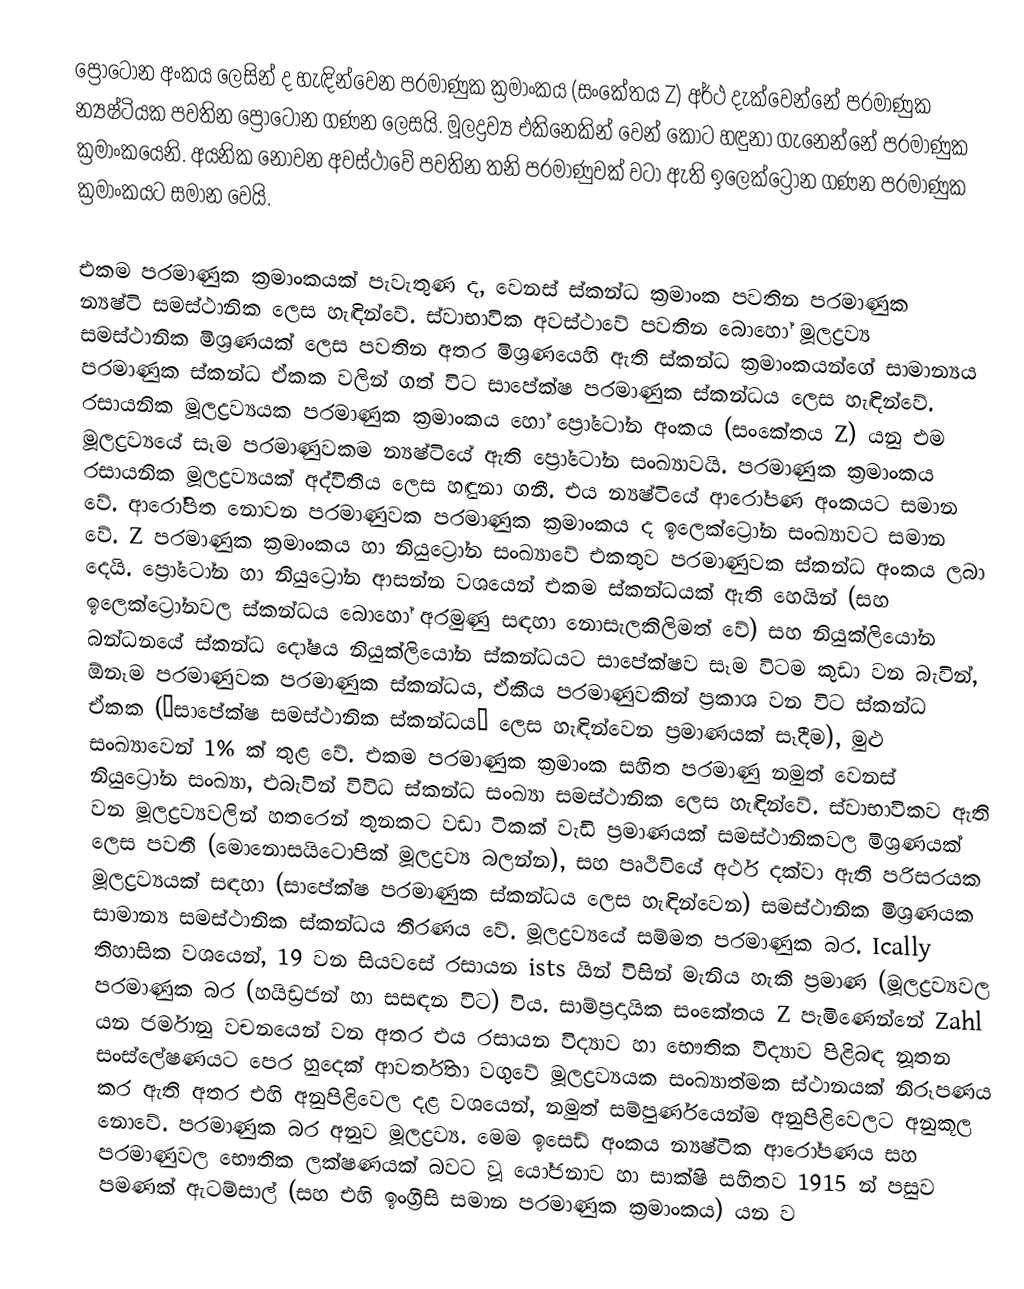
ප්‍රෝටෝන අංකය ලෙසින් ද හැඳින්වෙන පරමාණුක ක්‍රමාංකය (සංකේතය Z) අර්ථ දැක්වෙන්නේ පරමාණුක න්‍යෂ්ටියක පවතින ප්‍රෝටෝන ගණන ලෙසයි‍. මූලද්‍රව්‍ය එකිනෙකින් වෙන් කොට හඳුනා ගැනෙන්නේ පරමාණුක ක්‍රමාංකයෙනි. අයනික නොවන අවස්ථාවේ පවතින තනි පරමාණුවක් වටා ඇති ඉලෙක්ට්‍රෝන ගණන පරමාණුක ක්‍රමාංකයට සමාන වෙයි.

එකම පරමාණුක ක්‍රමාංකයක් පැවැතුණ ද, වෙනස් ස්කන්ධ ක්‍රමාංක පවතින පරමාණුක න්‍යෂ්ටි සමස්ථානික ලෙස හැඳින්වේ. ස්වාභාවික අවස්ථාවේ පවතින බොහෝ මූලද්‍රව්‍ය සමස්ථානික මිශ්‍රණයක් ලෙස පවතින අතර මිශ්‍රණයෙහි ඇති ස්කන්ධ ක්‍රමාංකයන්ගේ සාමාන්‍යය පරමාණුක ස්කන්ධ ඒකක වලින් ගත් විට සාපේක්ෂ පරමාණුක ස්කන්ධය ලෙස හැඳින්වේ. රසායනික මූලද්‍රව්‍යයක පරමාණුක ක්‍රමාංකය හෝ ප්‍රෝටෝන අංකය (සංකේතය Z) යනු එම මූලද්‍රව්‍යයේ සෑම පරමාණුවකම න්‍යෂ්ටියේ ඇති ප්‍රෝටෝන සංඛ්‍යාවයි. පරමාණුක ක්‍රමාංකය රසායනික මූලද්‍රව්‍යයක් අද්විතීය ලෙස හඳුනා ගනී. එය න්‍යෂ්ටියේ ආරෝපණ අංකයට සමාන වේ. ආරෝපිත නොවන පරමාණුවක පරමාණුක ක්‍රමාංකය ද ඉලෙක්ට්‍රෝන සංඛ්‍යාවට සමාන වේ. Z පරමාණුක ක්‍රමාංකය හා නියුට්‍රෝන සංඛ්‍යාවේ එකතුව පරමාණුවක ස්කන්ධ අංකය ලබා දෙයි. ප්‍රෝටෝන හා නියුට්‍රෝන ආසන්න වශයෙන් එකම ස්කන්ධයක් ඇති හෙයින් (සහ ඉලෙක්ට්‍රෝනවල ස්කන්ධය බොහෝ අරමුණු සඳහා නොසැලකිලිමත් වේ) සහ නියුක්ලියෝන බන්ධනයේ ස්කන්ධ දෝෂය නියුක්ලියෝන ස්කන්ධයට සාපේක්ෂව සෑම විටම කුඩා වන බැවින්, ඕනෑම පරමාණුවක පරමාණුක ස්කන්ධය, ඒකීය පරමාණුවකින් ප්‍රකාශ වන විට ස්කන්ධ ඒකක (“සාපේක්ෂ සමස්ථානික ස්කන්ධය” ලෙස හැඳින්වෙන ප්‍රමාණයක් සෑදීම), මුළු සංඛ්‍යාවෙන් 1% ක් තුළ වේ. එකම පරමාණුක ක්‍රමාංක සහිත පරමාණු නමුත් වෙනස් නියුට්‍රෝන සංඛ්‍යා, එබැවින් විවිධ ස්කන්ධ සංඛ්‍යා සමස්ථානික ලෙස හැඳින්වේ. ස්වාභාවිකව ඇති වන මූලද්‍රව්‍යවලින් හතරෙන් තුනකට වඩා ටිකක් වැඩි ප්‍රමාණයක් සමස්ථානිකවල මිශ්‍රණයක් ලෙස පවතී (මොනොසයිටොපික් මූලද්‍රව්‍ය බලන්න), සහ පෘථිවියේ අර්ථ දක්වා ඇති පරිසරයක මූලද්‍රව්‍යයක් සඳහා (සාපේක්ෂ පරමාණුක ස්කන්ධය ලෙස හැඳින්වෙන) සමස්ථානික මිශ්‍රණයක සාමාන්‍ය සමස්ථානික ස්කන්ධය තීරණය වේ. මූලද්‍රව්‍යයේ සම්මත පරමාණුක බර. Ically තිහාසික වශයෙන්, 19 වන සියවසේ රසායන ists යින් විසින් මැනිය හැකි ප්‍රමාණ (මූලද්‍රව්‍යවල පරමාණුක බර (හයිඩ්‍රජන් හා සසඳන විට) විය. සාම්ප්‍රදායික සංකේතය Z පැමිණෙන්නේ Zahl යන ජර්මානු වචනයෙන් වන අතර එය රසායන විද්‍යාව හා භෞතික විද්‍යාව පිළිබඳ නූතන සංස්ලේෂණයට පෙර හුදෙක් ආවර්තිතා වගුවේ මූලද්‍රව්‍යයක සංඛ්‍යාත්මක ස්ථානයක් නිරූපණය කර ඇති අතර එහි අනුපිළිවෙල දළ වශයෙන්, නමුත් සම්පුර්ණයෙන්ම අනුපිළිවෙලට අනුකූල නොවේ. පරමාණුක බර අනුව මූලද්‍රව්‍ය. මෙම ඉසෙඩ් අංකය න්‍යෂ්ටික ආරෝපණය සහ පරමාණුවල භෞතික ලක්ෂණයක් බවට වූ යෝජනාව හා සාක්ෂි සහිතව 1915 න් පසුව පමණක් ඇටම්සාල් (සහ එහි ඉංග්‍රීසි සමාන පරමාණුක ක්‍රමාංකය) යන ව